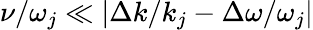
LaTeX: \nu/\omega_{j}\ll|\Delta k/k_{j}-\Delta\omega/\omega_{j}|